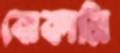
বোকামি